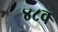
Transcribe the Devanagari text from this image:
४८व